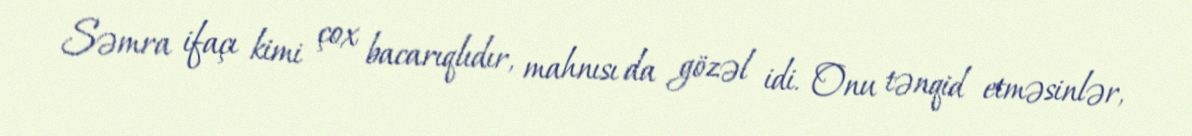
Səmra ifaçı kimi çox bacarıqlıdır, mahnısı da gözəl idi. Onu tənqid etməsinlər,